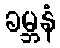
ခမ္ဘနံ